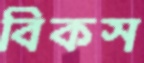
বিকস